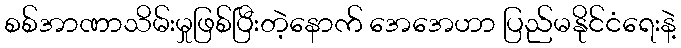
စစ်အာဏာသိမ်းမှုဖြစ်ပြီးတဲ့နောက် အေအေဟာ ပြည်မနိုင်ငံရေးနဲ့